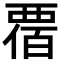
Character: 𧟸